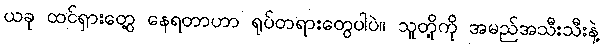
ယခု ထင်ရှားတွေ့ နေရတာဟာ ရုပ်တရားတွေပါပဲ။ သူတို့ကို အမည်အသီးသီးနဲ့